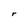
Character: r